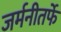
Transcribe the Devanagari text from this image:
जर्मनीतर्फे